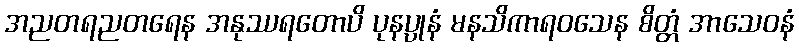
အညတရညတရေန အနုဿရတောပိ ပုနပ္ပုနံ မနသိကာရဝသေန စိတ္တံ အာသေဝနံ